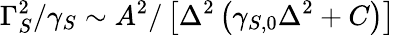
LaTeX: \Gamma_{S}^{2}/\gamma_{S}\sim A^{2}/\left[\Delta^{2}\left(\gamma_{S,0}\Delta^{2}+C\right)\right]